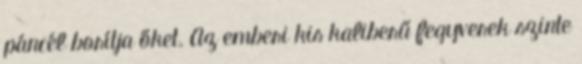
páncél borítja őket. Az emberi kis kaliberű fegyverek szinte